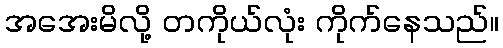
အအေးမိလို့ တကိုယ်လုံး ကိုက်နေသည်။